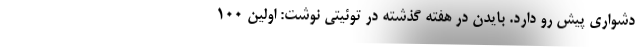
دشواری پیش رو دارد. بایدن در هفته گذشته در توئیتی نوشت: اولین ۱۰۰